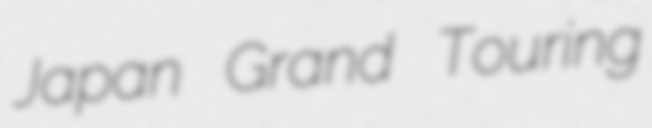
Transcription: Japan Grand Touring